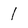
Character: 1